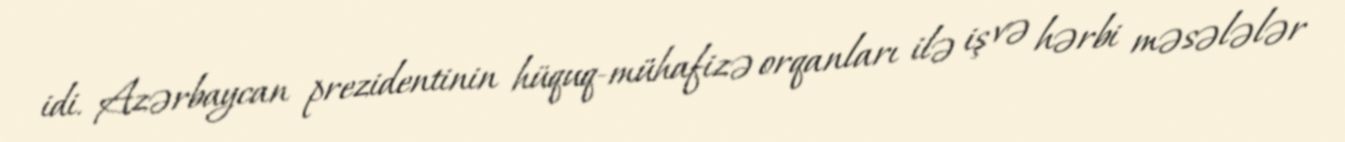
idi. Azərbaycan prezidentinin hüquq-mühafizə orqanları ilə iş və hərbi məsələlər